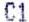
C1